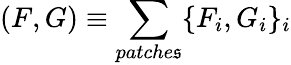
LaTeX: (F,G)\equiv\sum_{patche\mathfrak{s}}\{ F_{i},G_{i}\} _{i}